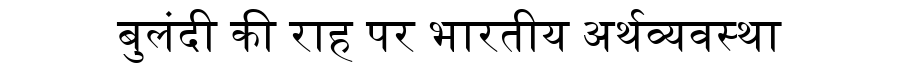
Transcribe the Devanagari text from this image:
बुलंदी की राह पर भारतीय अर्थव्यवस्था